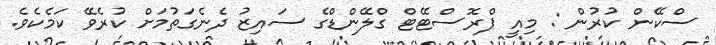
ސްކޭން ކުރުން : މިއީ ޕްރޮސްޓޭޓް ގްލޭންޑްގެ ސައިޒު ދެނެގަތުމަށް ކުރެވޭ ކަމެކެވެ.